Mental hospitals Bombay report 1929-33 - 1929-1933
Year: 1929
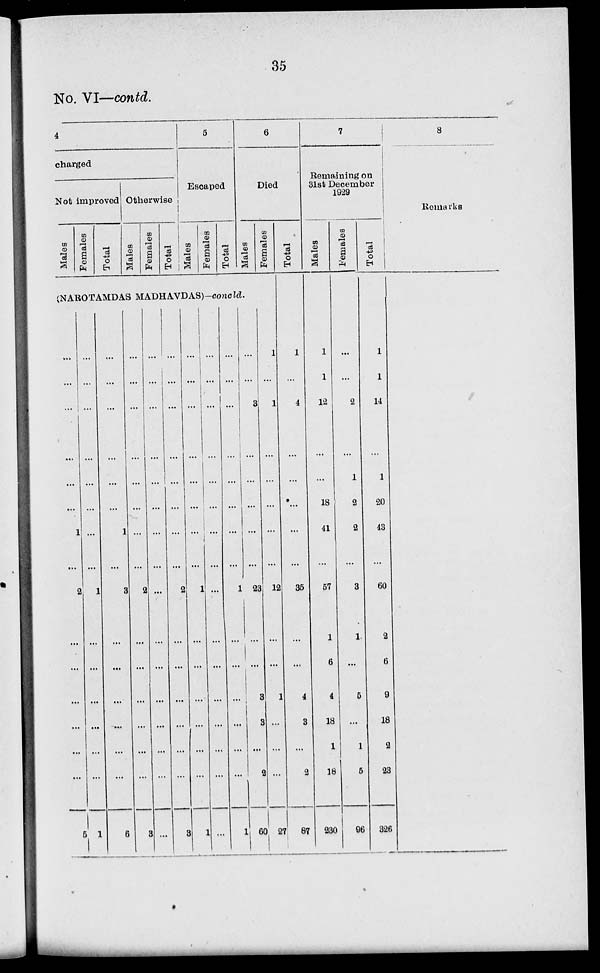
35
No. VI—contd.
4
charged
Not improved
Males
Females
Total
Otherwise
Males
Females
Total
5
Escaped
Males
Females
Total
6
Died
Males
Females
(NAROTAMDAS MADHAVDAS)—concld.
...
...
...
...
...
...
1
...
2
...
...
...
...
...
...
5
...
...
...
...
...
...
...
...
1
...
...
...
...
...
...
1
...
...
...
...
...
...
1
...
3
...
...
...
...
...
...
6
...
...
...
...
...
...
...
...
2
...
...
...
...
...
...
3
...
...
...
...
...
...
...
...
...
...
...
...
...
...
...
...
...
...
...
...
...
...
...
...
2
...
...
...
...
...
...
3
...
...
...
...
...
...
...
...
1
...
...
...
...
...
...
1
...
...
...
...
...
...
...
...
...
...
...
...
...
...
...
...
...
...
...
...
...
...
...
...
1
...
...
...
...
...
...
1
...
...
3
...
...
...
...
...
23
...
...
3
3
...
2
60
1
...
1
...
...
...
...
...
12
...
...
1
...
...
...
27
Total
1
...
4
...
...
...
...
...
35
...
...
4
3
...
2
87
7
Remaining on
31st December
1929
Males
1
1
12
...
...
18
41
...
57
1
6
4
18
1
18
230
Females
...
...
2
...
1
2
2
...
3
1
...
5
...
1
5
96
Total
1
1
14
...
1
20
43
...
60
2
6
9
18
2
23
326
8
Remarks